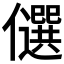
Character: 𠐯